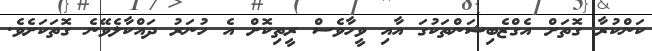
ކަންކުރާ ގޮތަށް އެގްޒެބިޝަންތަކުގަ އާއި ވީހާވެސް ރީތިކޮށް އެ ހުނަރު ދައްކާލެވޭނެ ގޮތަކަށެވެ.